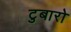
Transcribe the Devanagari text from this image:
टुबारो